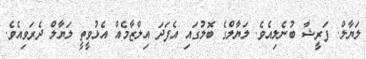
ލަޔާލް. ފަރީޝާ ބުނެލިއެވެ. ލަޔާލްގެ ބޮލުގައި އެފަދަ އިލްޒާމެއް އެޅުވީތީ ލަޔާލް ދެރަވިއެވެ.